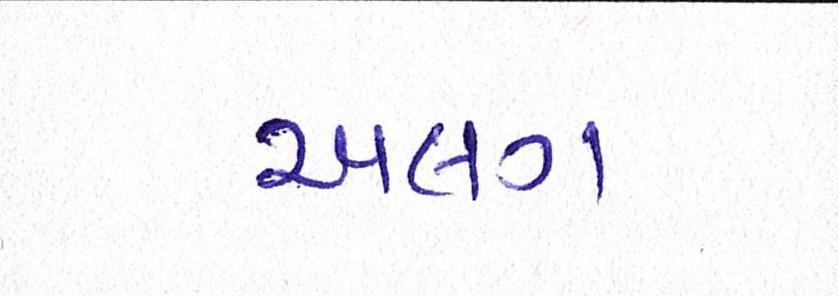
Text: અલગં